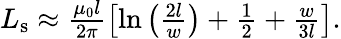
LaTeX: \begin{array}{r}{L_{\mathrm{s}}\approx\frac{\mu_{0}l}{2\pi}\left[\ln\left(\frac{2l}{w}\right)+\frac{1}{2}+\frac{w}{3l}\right].}\end{array}